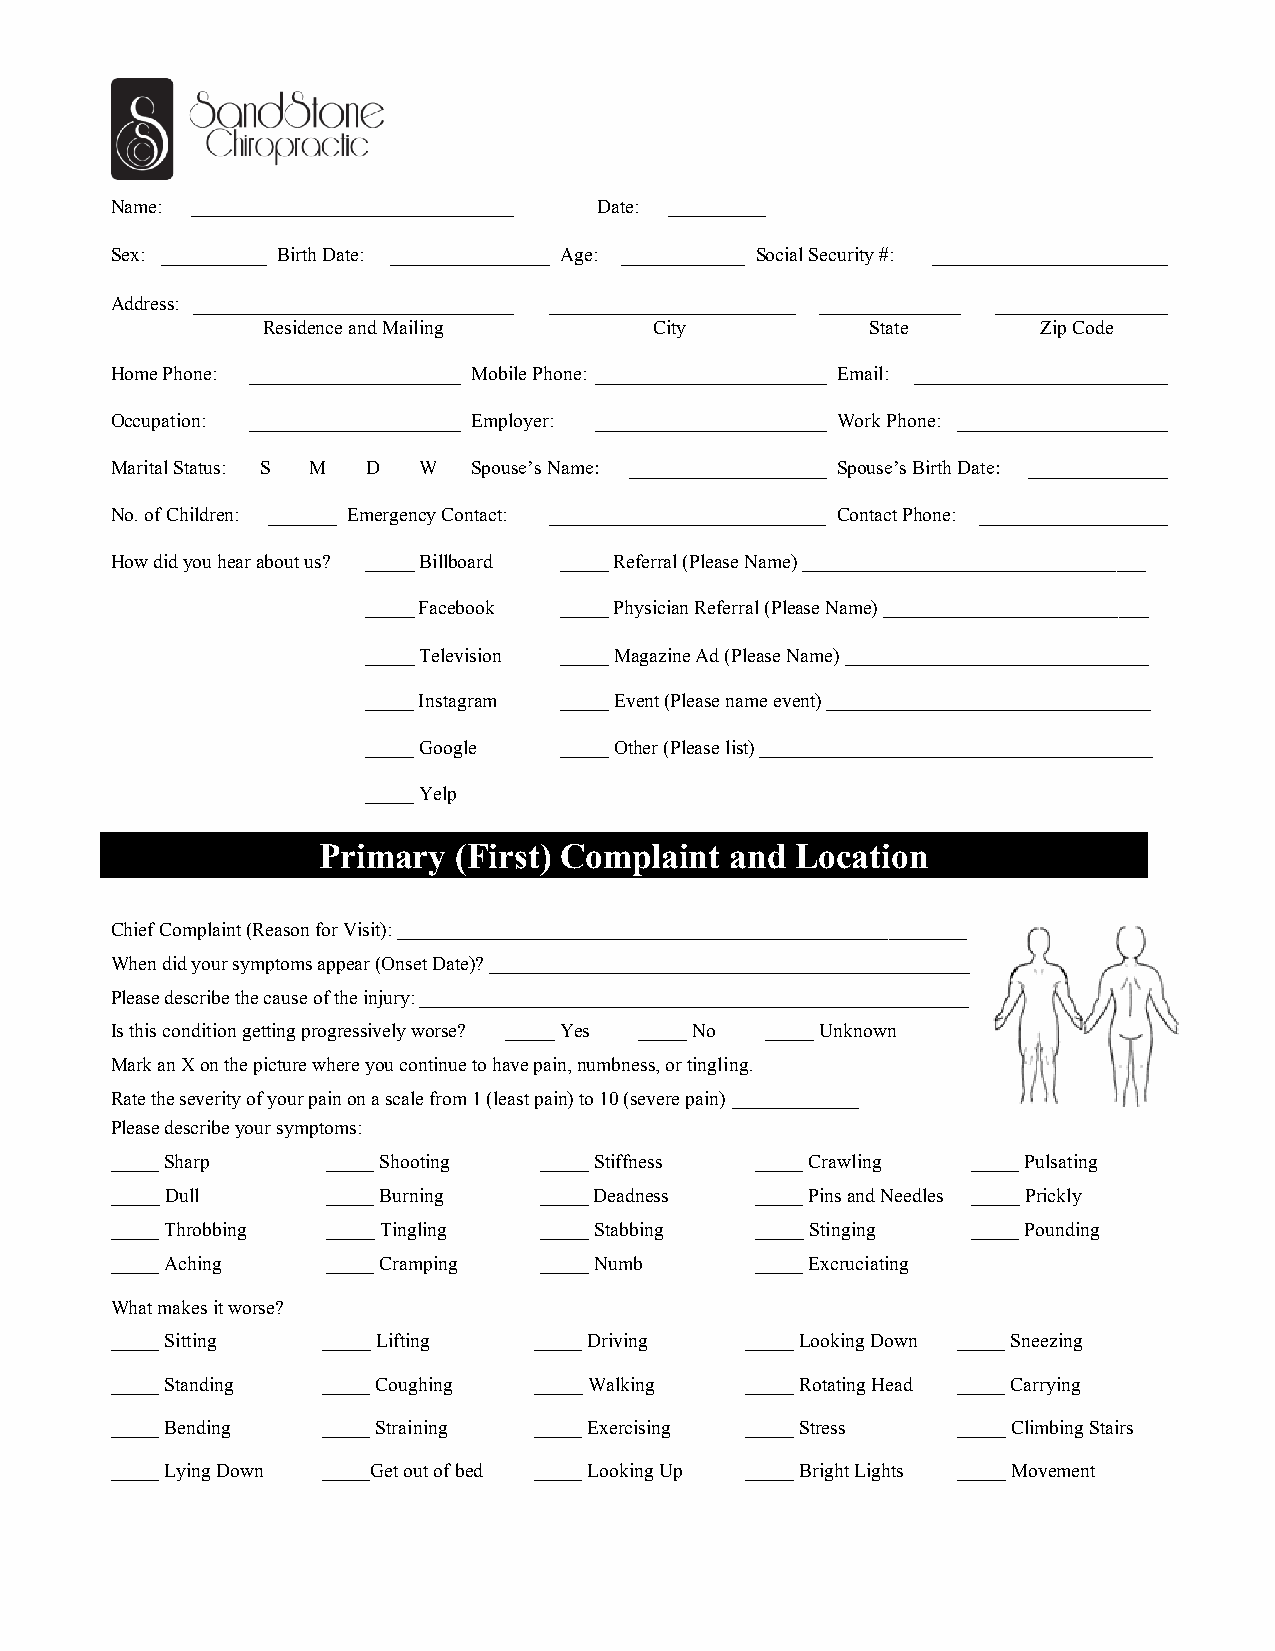
Name: _________________________________ Date: __________
 Sex:       Birth Date:        Age:         Social Security #:
 Address:
 Residence and Mailing     City           State      Zip Code
 Home Phone:             Mobile Phone:           Email:
 Occupation:             Employer:               Work Phone:
 Marital Status: S M D W Spouse’s Name:          Spouse’s Birth Date:
 No. of Children: Emergency Contact:             Contact Phone:
 How did you hear about us? _____ Billboard _____ Referral (Please Name) ___________________________________
 _____ Facebook _____ Physician Referral (Please Name) ___________________________
 _____ Television _____ Magazine Ad (Please Name) _______________________________
 _____ Instagram _____ Event (Please name event) _________________________________
 _____ Google _____ Other (Please list) ________________________________________
 _____ Yelp
 Primary  (First) Complaint and  Location
 Chief Complaint (Reason for Visit): __________________________________________________________
 When did your symptoms appear (Onset Date)? _________________________________________________
 Please describe the cause of the injury: ________________________________________________________
 Is this condition getting progressively worse? _____ Yes _____ No _____ Unknown
 Mark an X on the picture where you continue to have pain, numbness, or tingling.
 Rate the severity of your pain on a scale from 1 (least pain) to 10 (severe pain) _____________
 Please describe your symptoms:
 _____ Sharp    _____ Shooting _____ Stiffness _____ Crawling _____ Pulsating
 _____ Dull     _____ Burning _____ Deadness _____ Pins and Needles _____ Prickly
 _____ Throbbing _____ Tingling _____ Stabbing _____ Stinging _____ Pounding
 _____ Aching   _____ Cramping _____ Numb   _____ Excruciating
 What makes it worse?
 _____ Sitting _____ Lifting _____ Driving _____ Looking Down _____ Sneezing
 _____ Standing _____ Coughing _____ Walking _____ Rotating Head _____ Carrying
 _____ Bending _____ Straining _____ Exercising _____ Stress _____ Climbing Stairs
 _____ Lying Down _____Get out of bed _____ Looking Up _____ Bright Lights _____ Movement